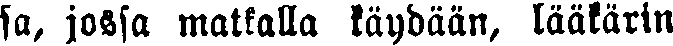
sa, jossa matkalla käydään, lääkärin